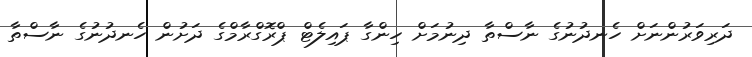
ދަރިވަރުންނަށް ހެނދުނުގެ ނާސްތާ ދިނުމަށް ހިންގާ ޕައިލެޓް ޕްރޮގްރާމްގެ ދަށުން ހެނދުނުގެ ނާސްތާ